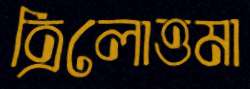
ত্রিলোত্তমা